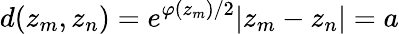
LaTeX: d(z_{m},z_{n})=e^{\varphi(z_{m})/2}|z_{m}-z_{n}|=a